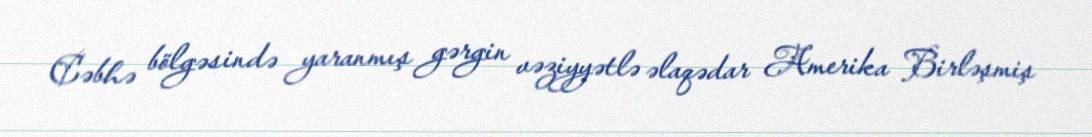
Cəbhə bölgəsində yaranmış gərgin vəziyyətlə əlaqədar Amerika Birləşmiş